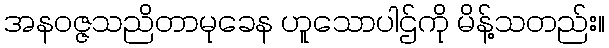
အနဝဇ္ဇသညိတာမုခေန ဟူသောပါဌ်ကို မိန့်သတည်း။